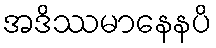
အဒိဿမာနေနပိ